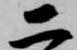
二